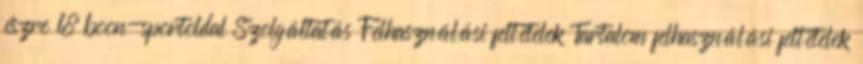
észre 18 boon-sportoldal Szolgáltatás Felhasználási feltételek Tartalom felhasználási feltételek